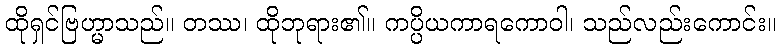
ထိုရှင်ဗြဟ္မာသည်။ တဿ၊ ထိုဘုရား၏။ ကပ္ပိယကာရကောဝါ၊ သည်လည်းကောင်း။